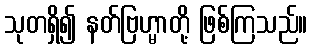
သုတရှိ၍ နတ်ဗြဟ္မာတို့ ဖြစ်ကြသည်။